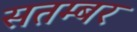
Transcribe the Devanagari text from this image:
सतम्बर